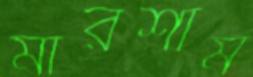
মারশাম